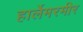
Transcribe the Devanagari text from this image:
हार्लेमरमीर